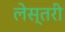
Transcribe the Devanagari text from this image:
लेस्तरी